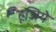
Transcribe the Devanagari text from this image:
हूजिये